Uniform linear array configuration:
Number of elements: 8
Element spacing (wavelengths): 0.25
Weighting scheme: uniform
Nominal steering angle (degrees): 15
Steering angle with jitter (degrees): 16.932
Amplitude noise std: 0.05
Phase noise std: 0.05

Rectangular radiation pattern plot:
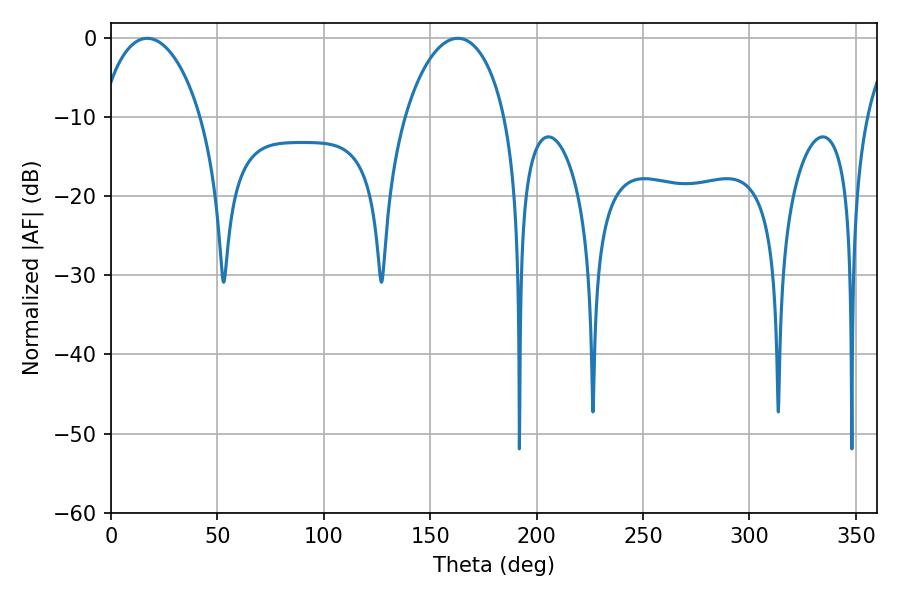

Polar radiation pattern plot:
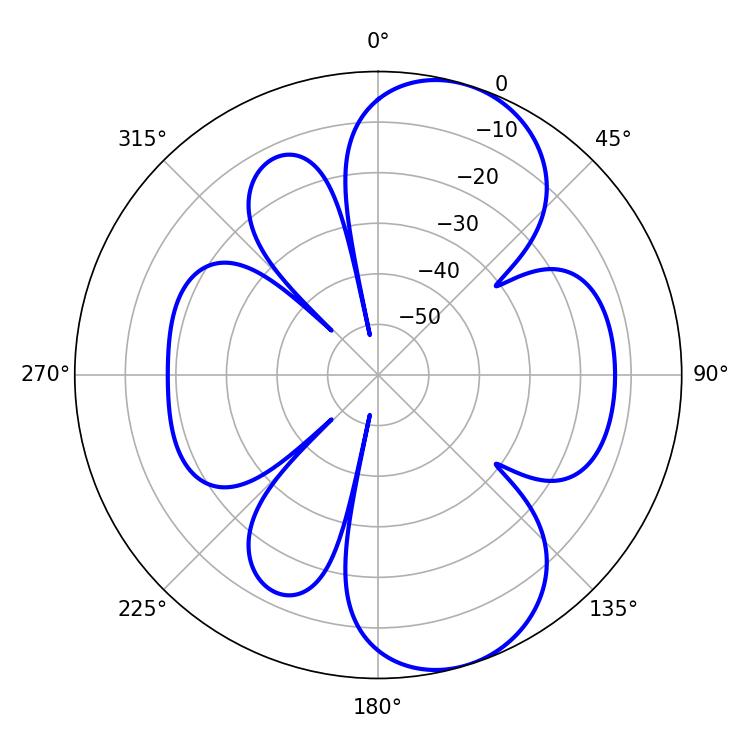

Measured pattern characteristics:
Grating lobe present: FALSE
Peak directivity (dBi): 8.161
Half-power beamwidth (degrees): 26.82
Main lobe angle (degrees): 17.1